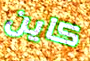
كاين